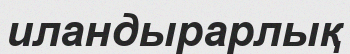
иландырарлық